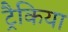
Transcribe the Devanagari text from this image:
ट्रैकिया